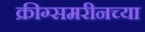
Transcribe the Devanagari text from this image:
क्रीग्समरीनच्या